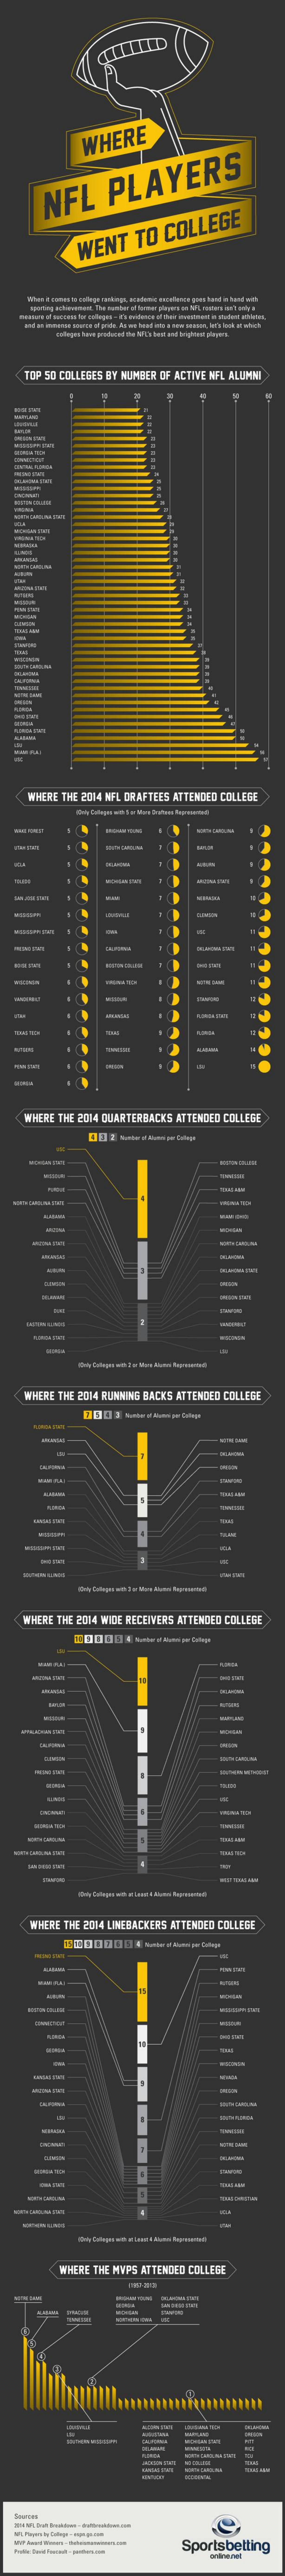
WHERE
     NFL    PLAYERS
     WENT    TO  COLLEGE
    TOP 50 COLLEGES BY NUMBER OF ACTIVE NFL ALUMNI
  -
  --
  -
     WHERE THE 2004 NFL DRAFTEES ATTENDED COLLEGE
  -    -
  -
    WHERE THE 2004 QUARTERBACKS ATTENDED COLLEGE
    WHERE THE 2004 RUNNING BACKS ATTENDED COLLEGE
    WHERE THE 2014 WIDE RECEIVERS ATTENDED COLLEGE
     WHERE THE 2014 LINEBACKERS ATTENDED COLLEGE
     WHERE THE MYPS ATTENDED COLLEGE
     E
  ---
  ----
     Sportsbetting